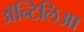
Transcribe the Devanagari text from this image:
अॅन्टिलिआ